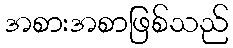
အစားအစာဖြစ်သည်